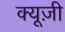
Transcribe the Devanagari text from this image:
क्यूज़ी